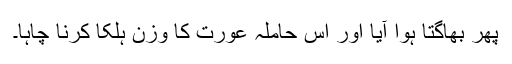
پھر بھاگتا ہوا آیا اور اس حاملہ عورت کا وزن ہلکا کرنا چاہا۔